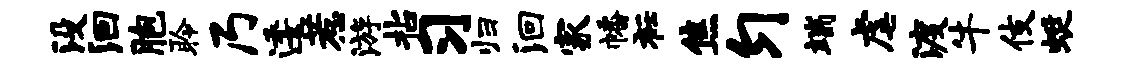
没洄胞聆乃逶惹游拈习归洄家幡衽焦匀端虐渡牛伎蜓